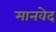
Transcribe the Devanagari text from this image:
मानवेद